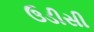
ઉડીસી